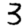
Digit: 3